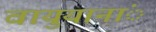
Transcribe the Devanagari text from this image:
वायुयानांे